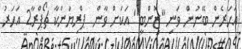
އަހަރެން ބޭނުން ވަނި "ޒޮންބީ" އަކަށް ވާން  ޕްރިޔަންކާ ޗޯޕްރާ2 އަހަރު